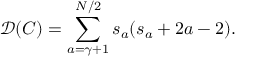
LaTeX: { \mathcal D } ( C ) = \sum _ { a = \gamma + 1 } ^ { N / 2 } s _ { a } ( s _ { a } + 2 a - 2 ) .